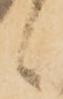
候